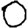
Digit: 0